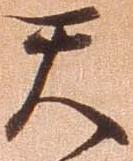
天